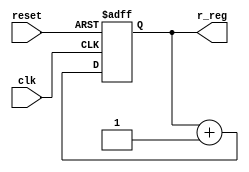
///******************************************************************
//Generates tick on Nth clock cycle repeatedly.  
//tick: 
//timer_en:
//dead_time_clks: Dead time specified in clocks. dead_time_clks = dead-time(ns)/system clock's period(ns)
//******************************************************************

module timer #(parameter N=13)( 
output reg [N-1:0]r_reg,
input clk, reset
); 

wire [N-1:0]r_next; 
always@(posedge clk or posedge reset) 
	begin 
		if (reset) 
			r_reg <=0; 
		else  
			r_reg <= r_next;  

	end 

assign r_next = r_reg+1; 
endmodule